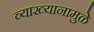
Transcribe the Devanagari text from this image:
व्याख्यानामुळे